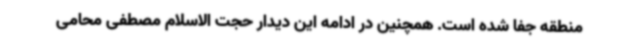
منطقه جفا شده است. همچنین در ادامه این دیدار حجت الاسلام مصطفی محامی